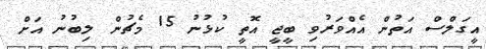
އީގަލްސް އަތުން އެއްވަރުވި ބީޖީ އޮތީ ކުޅުނު 15 މެޗުން ލިބުނު އަށް